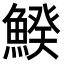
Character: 𩹍